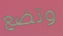
وتضع